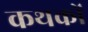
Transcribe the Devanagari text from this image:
कथकों